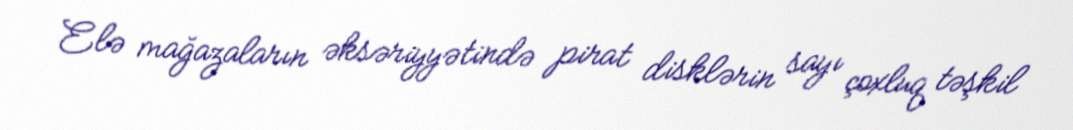
Elə mağazaların əksəriyyətində pirat disklərin sayı çoxluq təşkil